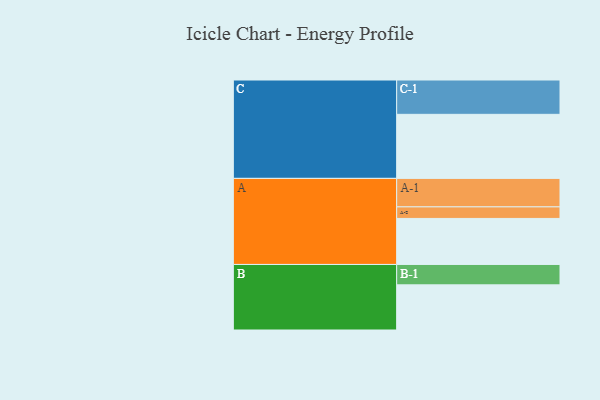
{"axis": {"x": "Segment", "y": "Value"}, "legend": ["", "A", "B", "C"], "data": [{"x": "A", "y": 307, "type": ""}, {"x": "B", "y": 301, "type": ""}, {"x": "C", "y": 427, "type": ""}, {"x": "A-1", "y": 190, "type": "A"}, {"x": "A-2", "y": 77, "type": "A"}, {"x": "B-1", "y": 136, "type": "B"}, {"x": "C-1", "y": 229, "type": "C"}]}